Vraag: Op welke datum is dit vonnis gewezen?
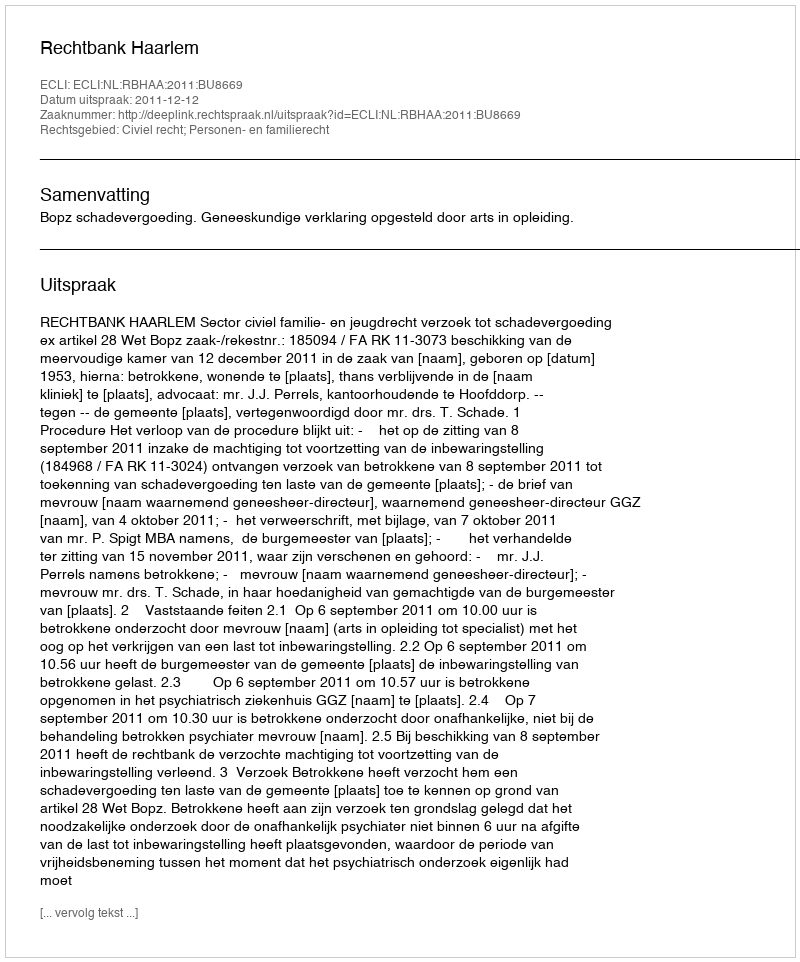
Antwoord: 2011-12-12